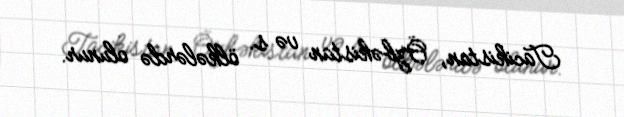
Tacikistan, Özbəkistan və s. ölkələrdə olunur.